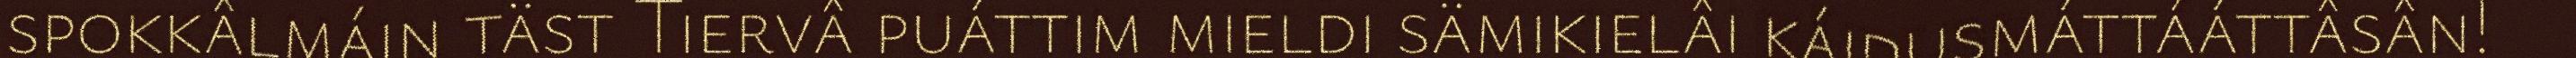
spokkâlmáin täst Tiervâ puáttim mieldi sämikielâi káidusmáttááttâsân!